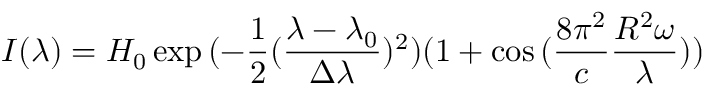
I ( \lambda ) = H _ { 0 } \exp { ( - \frac { 1 } { 2 } ( \frac { \lambda - \lambda _ { 0 } } { \Delta \lambda } ) ^ { 2 } ) } ( 1 + \cos { ( \frac { 8 \pi ^ { 2 } } { c } \frac { R ^ { 2 } \omega } { \lambda } ) } )